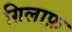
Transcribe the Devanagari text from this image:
ग़िलाफ़